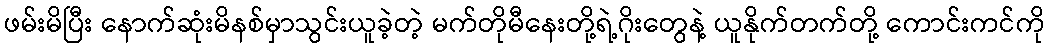
ဖမ်းမိပြီး နောက်ဆုံးမိနစ်မှာသွင်းယူခဲ့တဲ့ မက်တိုမီနေးတို့ရဲ့ဂိုးတွေနဲ့ ယူနိုက်တက်တို့ ကောင်းကင်ကို